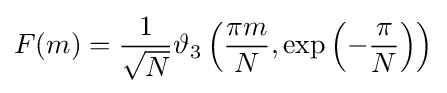
F(m)={\frac {1}{\sqrt {N}}}\vartheta _{3}\left({\frac {\pi m}{N}},\exp \left(-{\frac {\pi }{N}}\right)\right)